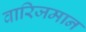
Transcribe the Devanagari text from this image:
वारिजमान